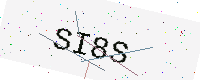
Text: SI8S